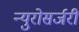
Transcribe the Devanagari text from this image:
न्युरोसर्जरी